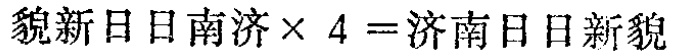
\(貌新日日南济\times 4 =济南日日新貌\)